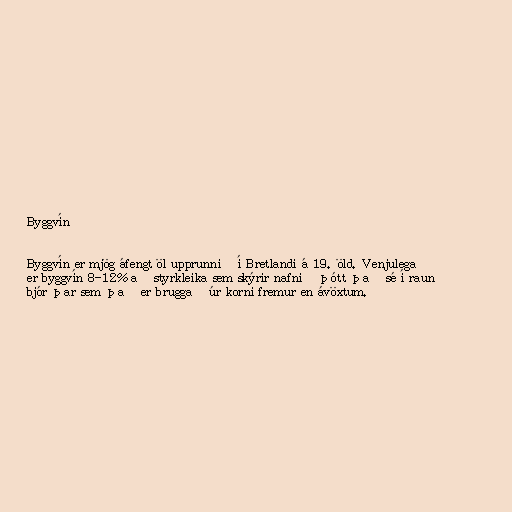
Byggvín

Byggvín er mjög áfengt öl upprunnið í Bretlandi á 19. öld. Venjulega
er byggvín 8-12% að styrkleika sem skýrir nafnið þótt það sé í raun
bjór þar sem það er bruggað úr korni fremur en ávöxtum.